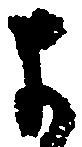
よ